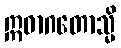
ဣဓာဂတောသ္မိ